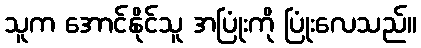
သူက အောင်နိုင်သူ အပြုံးကို ပြုံးလေသည်။